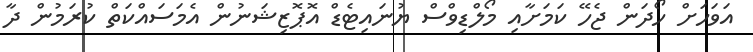
އަވަހަށް ހޯދަން ޖެހޭ ކަމަށާއި މޯލްޑިވްސް ޔުނައިޓެޑް އޮޕޮޒިޝަނުން އެމަސައްކަތް ކުރަމުން ދާ